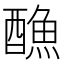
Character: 𨢭